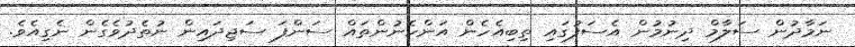
ނަމާދުން ސަލާމް ދިނުމުން އެސަފުގައި ތިބިއެހެން އަންހެނުންތައް ސަންފަ ސަޖިދައިން ނުތެދުވެގެން ނެގިއެވެ.